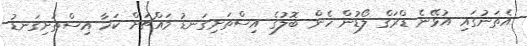
އެތަނުގައި އުޅޭނެ ޑްރަގް ލޯޑުން ހެން ބޮލުގެ އިސްތަށިގަނޑު މައްޗަށް ކަހާ އިސްތަށިގަނޑު